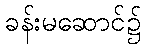
ခန်းမဆောင်၌